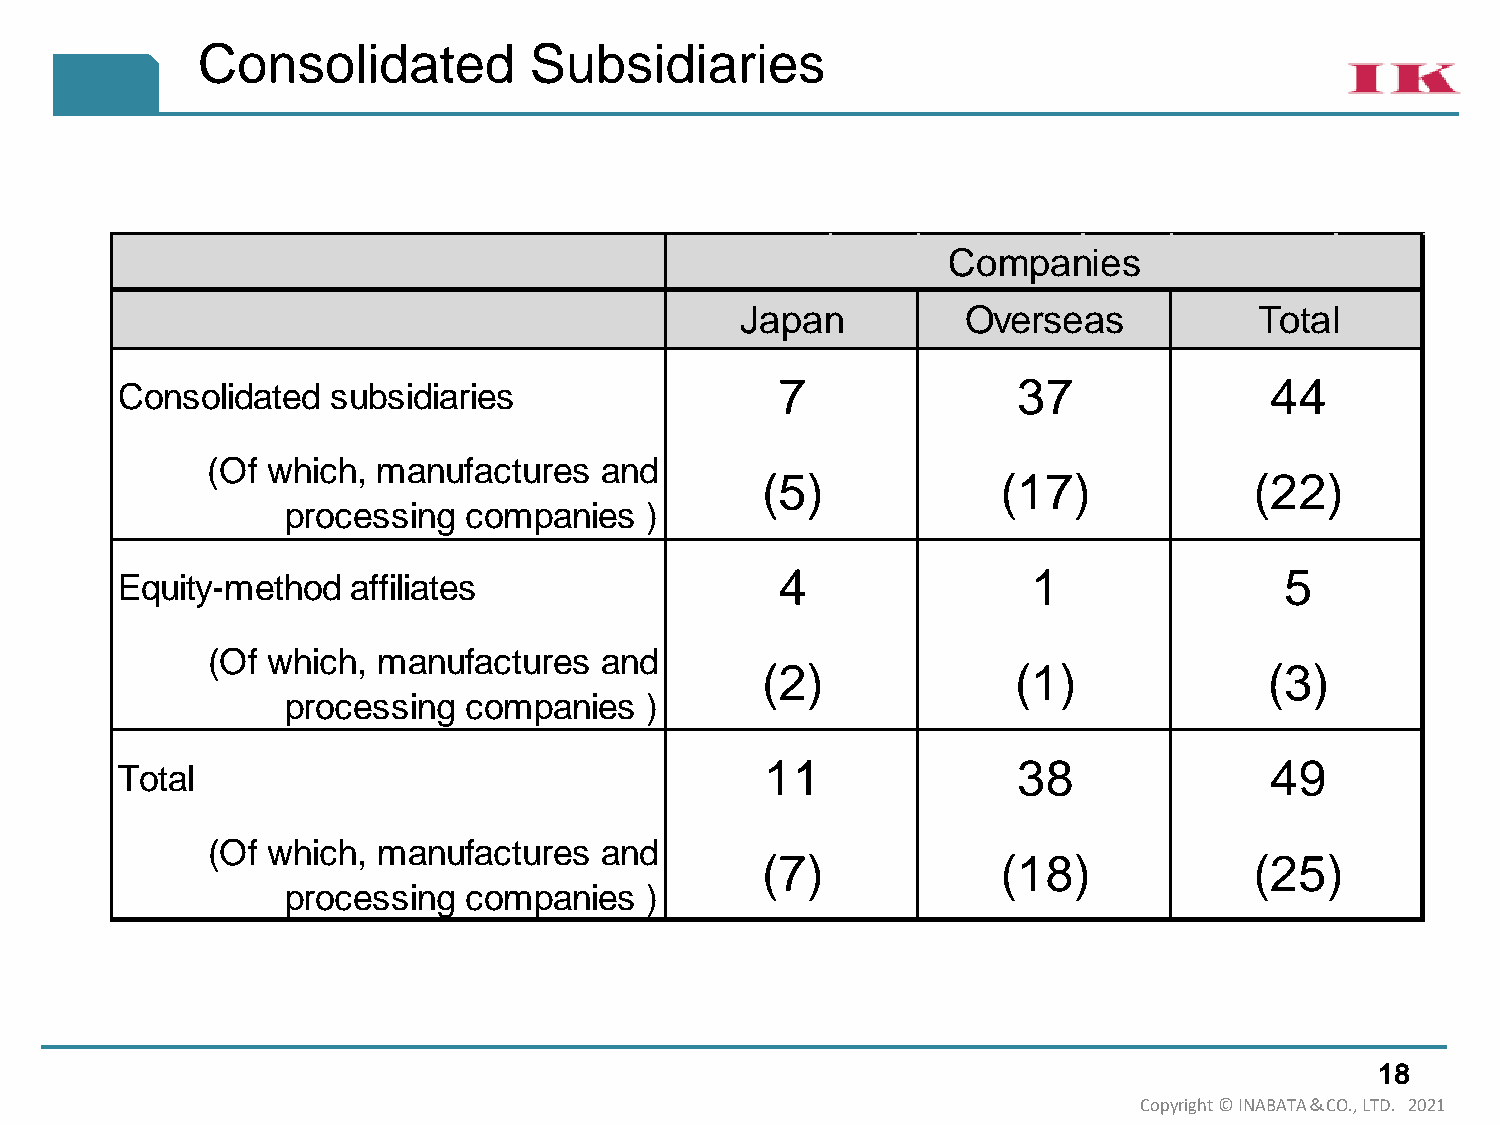
Consolidated          Subsidiaries
 Companies
 Japan          Overseas           Total
 7              37               44
 Consolidated  subsidiaries
 (Of which, manufactures   and
 (5)             (17)             (22)
 processing  companies   )
 4               1                5
 Equity-method  affiliates
 (Of which, manufactures   and
 (2)              (1)              (3)
 processing  companies   )
 11              38               49
 Total
 (Of which, manufactures   and
 (7)             (18)             (25)
 processing  companies   )
 18
 Copyright © INABATA＆CO., LTD. 2021